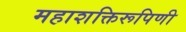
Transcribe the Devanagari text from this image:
महाशक्तिरूपिणी